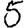
Digit: 5